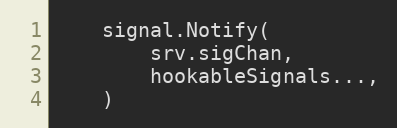
Language: Go
	signal.Notify(
		srv.sigChan,
		hookableSignals...,
	)